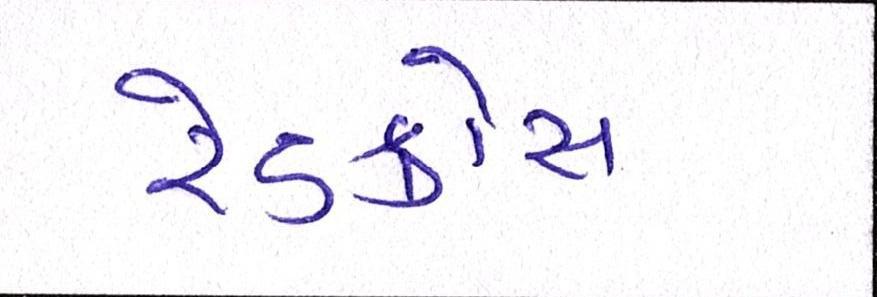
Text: રેડક્રોસ